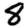
Digit: 8